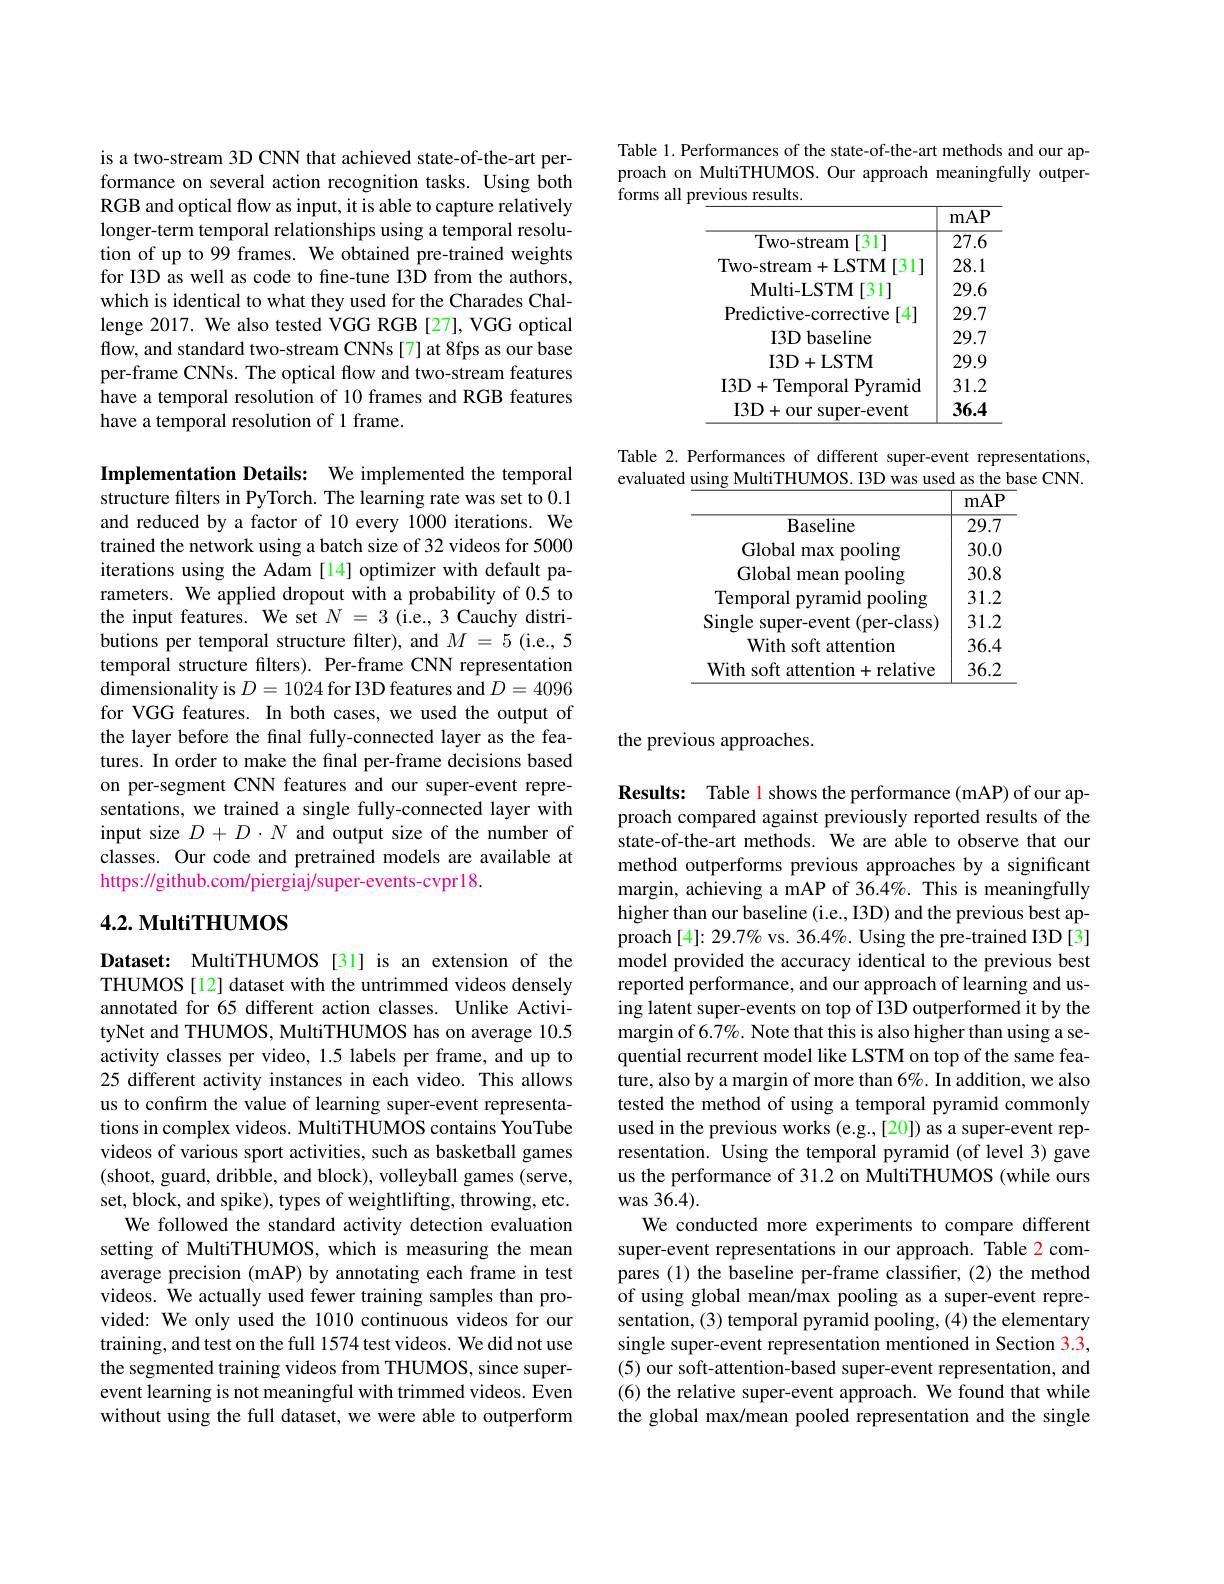
is a two-stream 3D CNN that achieved state-of-the-art performance on several action recognition tasks. Using both RGB and optical flow as input, it is able to capture relatively longer-term temporal relationships using a temporal resolution of up to 99 frames. We obtained pre-trained weights for I3D as well as code to fine-tune I3D from the authors, which is identical to what they used for the Charades Challenge 2017. We also tested VGG RGB [27], VGG optical flow, and standard two-stream CNNs[7] at 8fps as our base per-frame CNNs. The optical flow and two-stream features have a temporal resolution of 10 frames and RGB features have a temporal resolution of 1 frame.

Implementation Details: We implemented the temporal structure filters in PyTorch. The learning rate was set to 0.1 and reduced by a factor of 10 every 1000 iterations. We trained the network using a batch size of 32 videos for 5000 iterations using the Adam [14] optimizer with default parameters. We applied dropout with a probability of 0.5 to the input features. We set $N=3$ (i.e., 3 Cauchy distributions per temporal structure filter), and $M=5$ (i.e., 5 temporal structure filters). Per-frame CNN representation dimensionality is $D=1024$ for I3D features and $D=4096$ for VGG features. In both cases, we used the output of the layer before the final fully-connected layer as the features. In order to make the final per-frame decisions based on per-segment CNN features and our super-event representations, we trained a single fully-connected layer with input size $D+D\cdot N$ and output size of the number of classes. Our code and pretrained models are available at https://github.com/piergiaj/super-events-cvpr18.

# 4.2. MultiTHUMOS

Dataset: MultiTHUMOS [31] is an extension of the THUMOS [12] dataset with the untrimmed videos densely annotated for 65 different action classes. Unlike ActivityNet and THUMOS, MultiTHUMOS has on average 10.5 activity classes per video, 1.5 labels per frame, and up to 25 different activity instances in each video. This allows us to confirm the value of learning super-event representations in complex videos. MultiTHUMOS contains YouTube videos of various sport activities, such as basketball games (shoot, guard, dribble, and block), volleyball games (serve, set, block, and spike), types of weightlifting, throwing, etc.
We followed the standard activity detection evaluation setting of MultiTHUMOS, which is measuring the mean average precision (mAP) by annotating each frame in test videos. $\hat{\text{We actually used fewer training samples than pro-}}$ vided: We only used the 1010 continuous videos for our training, and test on the full 1574 test videos. We did not use the segmented training videos from THUMOS, since superevent learning is not meaningful with trimmed videos. Even without using the full dataset, we were able to outperform

Table 1. Performances of the state-of-the-art methods and our approach on MultiTHUMOS. Our approach meaningfully outperforms all previous results.

Table 2. Performances of different super-event representations, evaluated using MultiTHUMOS. I3D was used as the base CNN.

<table>
	<tbody>
		<tr>
			<th> </th>
			<th>mAH</th>
		</tr>
		<tr>
			<td>Baseline</td>
			<td>$\overline{29.7}$</td>
		</tr>
		<tr>
			<td>Global max pres pooling</td>
			<td>30.0</td>
		</tr>
		<tr>
			<td>Global mean pooling</td>
			<td>30.8</td>
		</tr>
		<tr>
			<td>Temporal pyramid pooling 11</td>
			<td>31.2</td>
		</tr>
		<tr>
			<td>Single super-event (per-class)</td>
			<td>31.2</td>
		</tr>
		<tr>
			<td>With soft attention</td>
			<td>36.4</td>
		</tr>
		<tr>
			<td>With soft attention+relative</td>
			<td>36.2</td>
		</tr>
	</tbody>
</table>

the previous approaches.

Results: Table 1 shows the performance (mAP) of our approach compared against previously reported results of the state-of-the-art methods. We are able to observe that our method outperforms previous approaches by a significant margin, achieving a mAP of 36.4%. This is meaningfully higher than our baseline (i.e., I3D) and the previous best approach[4]: 29.7% vs. 36.4%. Using the pre-trained I3D[3] model provided the accuracy identical to the previous best reported performance, and our approach of learning and using latent super-events on top of I3D outperformed it by the margin of 6.7%. Note that this is also higher than using a sequential recurrent model like LSTM on top of the same feature, also by a margin of more than $6\%.$ In addition, we also tested the method of using a temporal pyramid commonly used in the previous works (e.g.,[20]) as a super-event representation. Using the temporal pyramid (of level 3) gave us the performance of 31.2 on MultiTHUMOS (while ours was 36.4).
We conducted more experiments to compare different super-event representations in our approach. Table 2 compares (1) the baseline per-frame classifier, (2) the method of using global mean/max pooling as a super-event representation, (3) temporal pyramid pooling, (4) the elementary single super-event representation mentioned in Section 3.3, (5) our soft-attention-based super-event representation, and (6) the relative super-event approach. We found that while the global max/mean pooled representation and the single